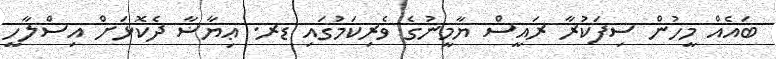
ބައެއް މީހުން ސިފަކުރާ ރައީސް ޔާމީނުގެ ވެރިކަމުގައި ޑރ. ޢިޔާޟާ ދެކޮޅަށް އިސްލާހީ